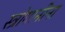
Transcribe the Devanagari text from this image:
स्त्रोगानीना